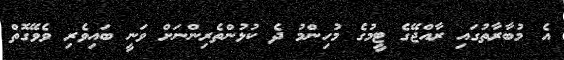
އެ މުބާރާތުގައި ރާއްޖޭގެ ޓީމުގެ މުހިންމު ދެ ކުޅުންތެރިންނަށް ވަނީ ބައިވެރި ވެވޭގޮތް